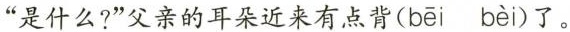
”是什么?”父亲的耳朵近来有点背( bēi bèi )了。